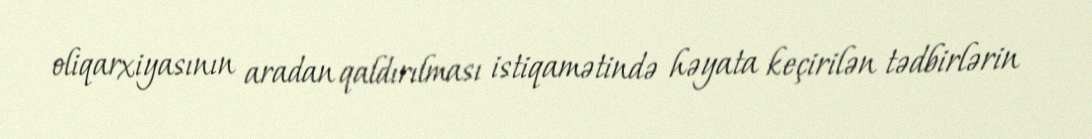
oliqarxiyasının aradan qaldırılması istiqamətində həyata keçirilən tədbirlərin